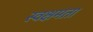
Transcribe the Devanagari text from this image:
स्वक्षमता